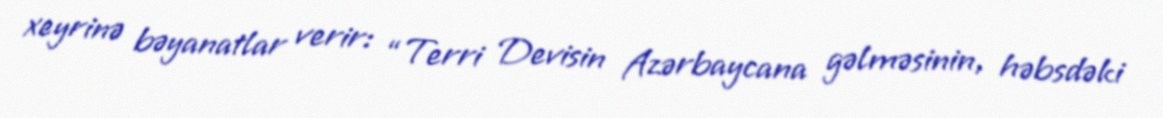
xeyrinə bəyanatlar verir: “Terri Devisin Azərbaycana gəlməsinin, həbsdəki